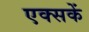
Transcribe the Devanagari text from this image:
एक्सकें